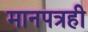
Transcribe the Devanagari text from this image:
मानपत्रही